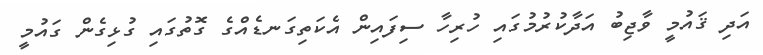
އަދި ޤައުމީ ވާޖިބު އަދާކުރުމުގައި ހުރިހާ ސިފައިން އެކަތިގަނޑެއްގެ ގޮތުގައި ގުޅިގެން ގައުމީ